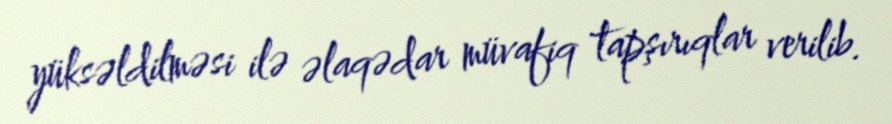
yüksəldilməsi ilə əlaqədar müvafiq tapşırıqlar verilib.